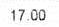
17.00